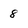
Character: 8